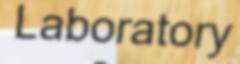
Laboratory